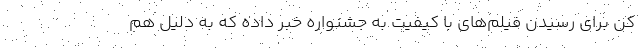
کن برای رسیدن فیلم‌های با کیفیت به جشنواره خبر داده که به دلیل هم